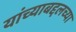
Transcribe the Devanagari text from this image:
यांच्याबद्दलच्या